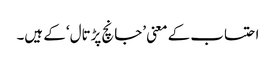
احتساب کے معنی ’جانچ پڑتال‘ کے ہیں۔